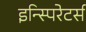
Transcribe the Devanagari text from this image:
इन्स्पिरेटर्स